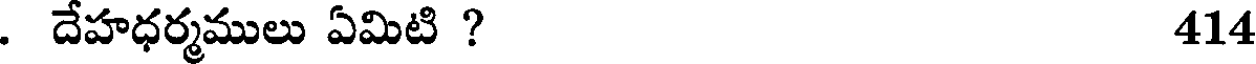
. దేహధర్మములు ఏమిటి ? 414